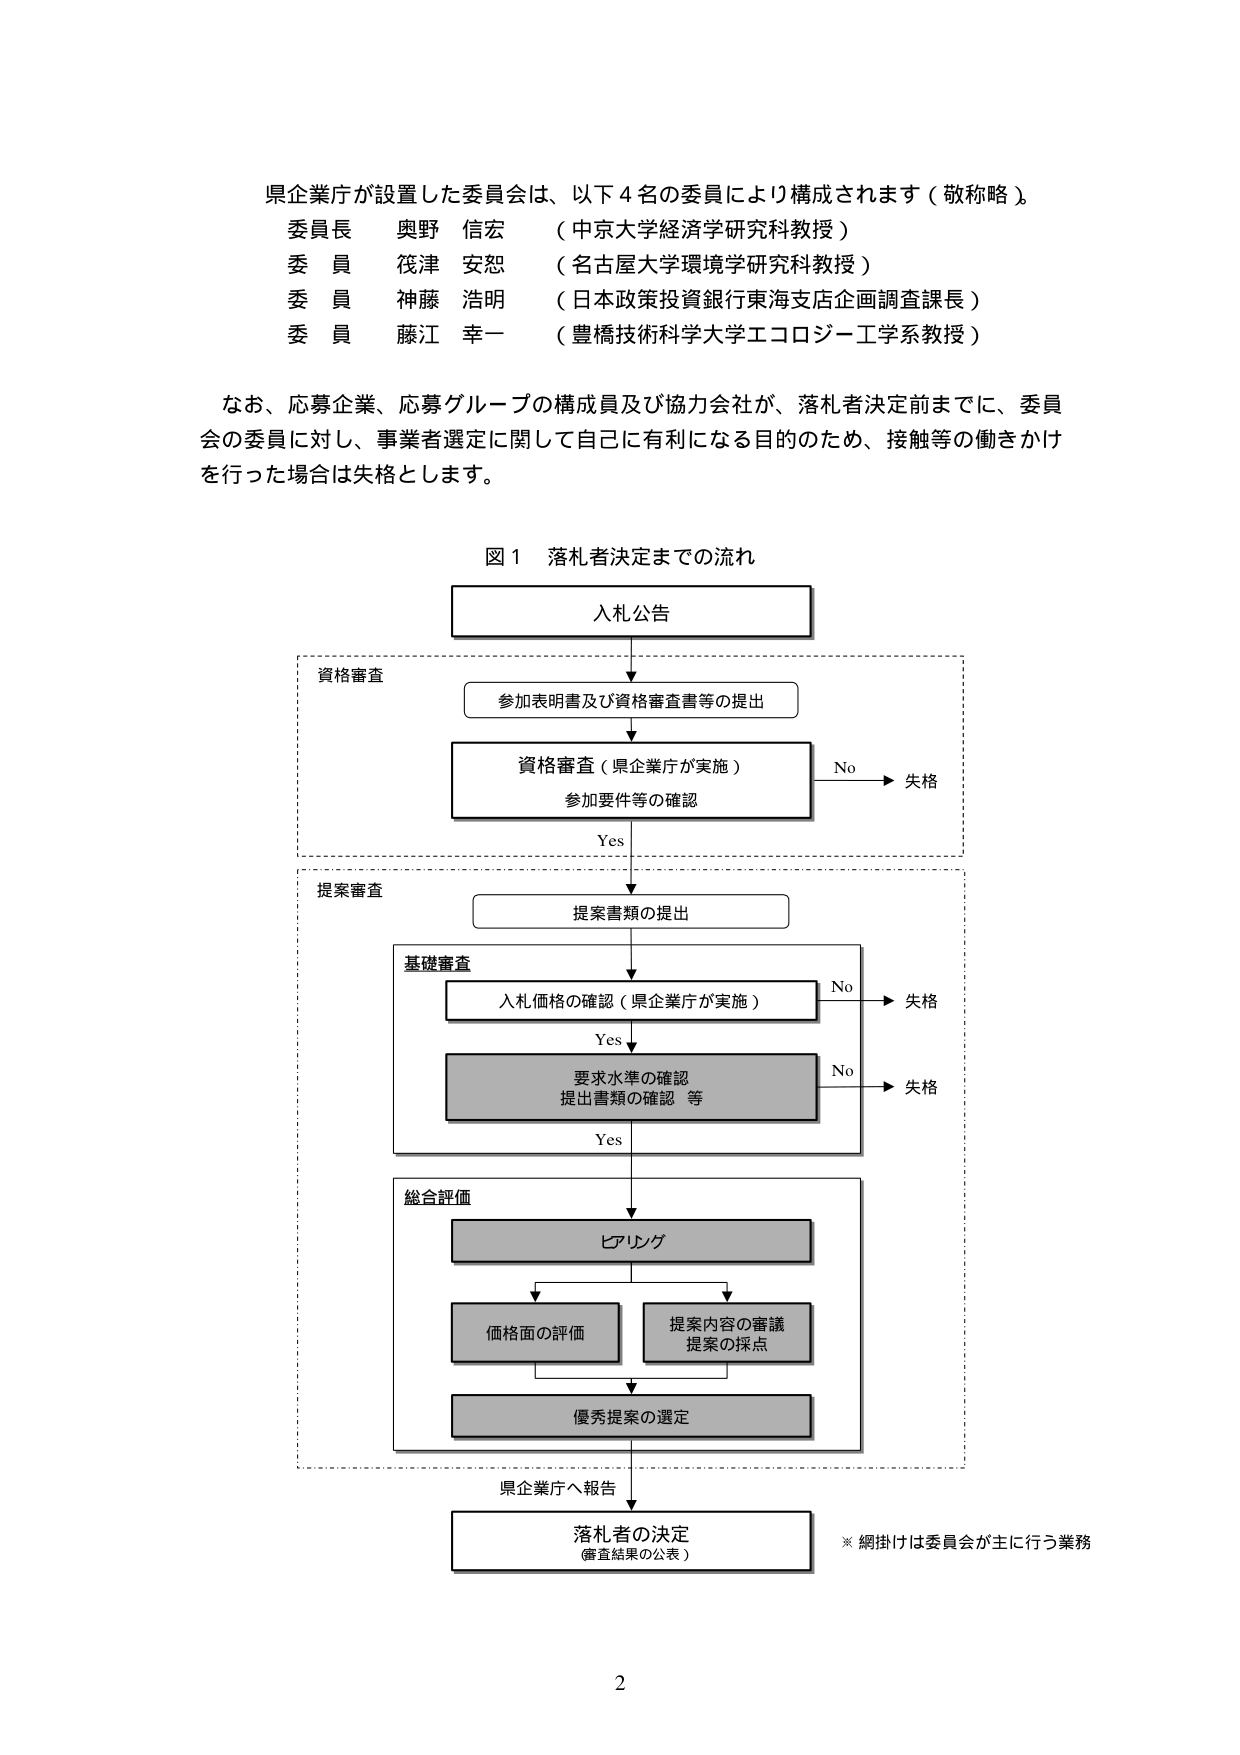
県企業庁が設置した委員会は、以下４名の委員により構成されます（敬称略）。
委員長　奥野　信宏　（中京大学経済学研究科教授）
委員　筏津　安恕　（名古屋大学環境学研究科教授）
委員　神藤　浩明　（日本政策投資銀行東海支店企画調査課長）
委員　藤江　幸一　（豊橋技術科学大学エコロジー工学系教授）

なお、応募企業、応募グループの構成員及び協力会社が、落札者決定前までに、委員会の委員に対し、事業者選定に関して自己に有利になる目的のため、接触等の働きかけを行った場合は失格とします。

図１　落札者決定までの流れ

入札公告

資格審査
参加表明書及び資格審査書等の提出
資格審査（県企業庁が実施）
参加要件等の確認
Yes
No　→　失格

提案審査
提案書類の提出

基礎審査
入札価格の確認（県企業庁が実施）
Yes
要求水準の確認
提出書類の確認　等
No　→　失格
Yes

総合評価
ピアリング
価格面の評価
提案内容の審議
提案の採点
優秀提案の選定

県企業庁へ報告

落札者の決定
（審査結果の公表）

※網掛けは委員会が主に行う業務

2